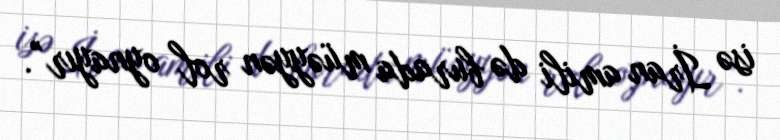
isə İran amili də burada müəyyən rol oynayır”.